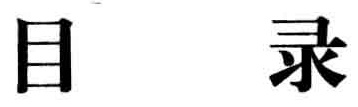
目录